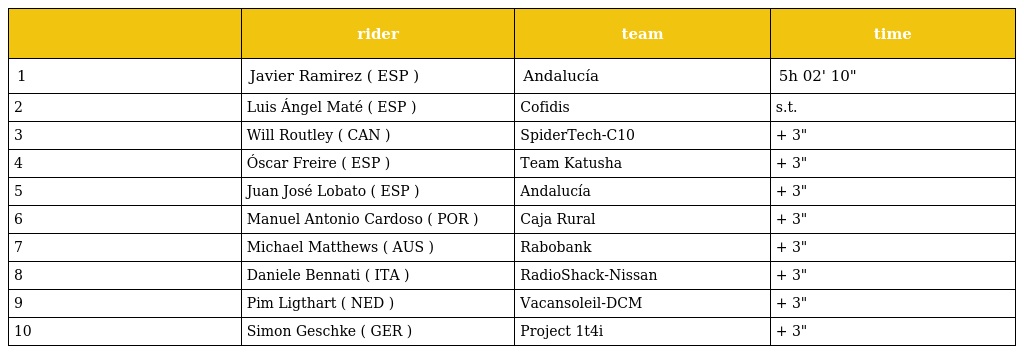
|  | rider | team | time |
 | --- | --- | --- | --- |
 | 1 | Javier Ramirez ( ESP ) | Andalucía | 5h 02' 10" |
 | 2 | Luis Ángel Maté ( ESP ) | Cofidis | s.t. |
 | 3 | Will Routley ( CAN ) | SpiderTech-C10 | + 3" |
 | 4 | Óscar Freire ( ESP ) | Team Katusha | + 3" |
 | 5 | Juan José Lobato ( ESP ) | Andalucía | + 3" |
 | 6 | Manuel Antonio Cardoso ( POR ) | Caja Rural | + 3" |
 | 7 | Michael Matthews ( AUS ) | Rabobank | + 3" |
 | 8 | Daniele Bennati ( ITA ) | RadioShack-Nissan | + 3" |
 | 9 | Pim Ligthart ( NED ) | Vacansoleil-DCM | + 3" |
 | 10 | Simon Geschke ( GER ) | Project 1t4i | + 3" |